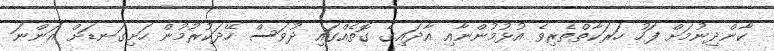
ކާންދިނުމަށް ފަހު ހަރަކާތްތެރިވެ އުޅުމުންނާއި އާދައިގެ ގޮތެއްގައި ދުވަސް ހޭދަކުރުމުން ހަށިގަނޑަށް އަންނަ